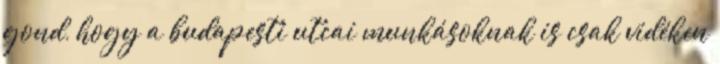
gond, hogy a budapesti utcai munkásoknak is csak vidéken